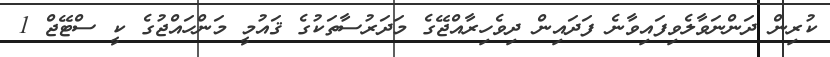
ކުރިން ދަންނަވާލެވިފައިވާނެ ފަދައިން ދިވެހިރާއްޖޭގެ މަދަރުސާތަކުގެ ޤައުމީ މަންހައްޖުގެ ކީ ސްޓޭޖް 1